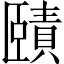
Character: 賾